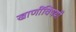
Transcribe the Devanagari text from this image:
खाणींविषयी